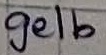
Text: gelb